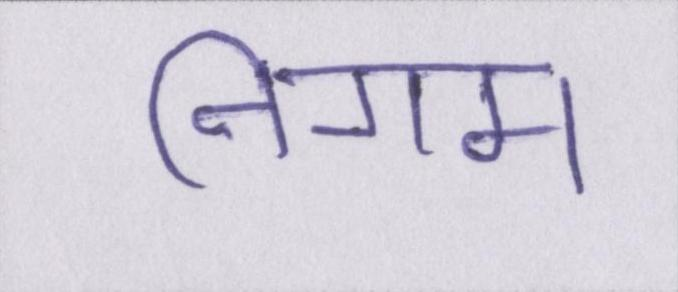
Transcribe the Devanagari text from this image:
निगम